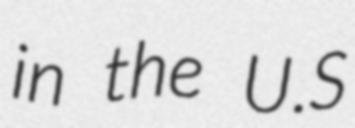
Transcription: in the U.S